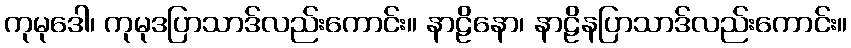
ကုမုဒေါ၊ ကုမုဒပြာသာဒ်လည်းကောင်း။ နာဠိနော၊ နာဠိနပြာသာဒ်လည်းကောင်း။